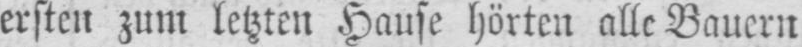
ersten zum letzten Hause hörten alle Bauern